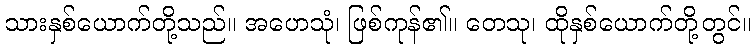
သားနှစ်ယောက်တို့သည်။ အဟေသုံ၊ ဖြစ်ကုန်၏။ တေသု၊ ထိုနှစ်ယောက်တို့တွင်။